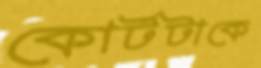
কোর্টটাকে